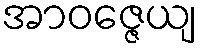
အာဝဇ္ဇေယျ